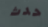
حدث